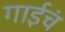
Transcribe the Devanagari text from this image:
गाईचं